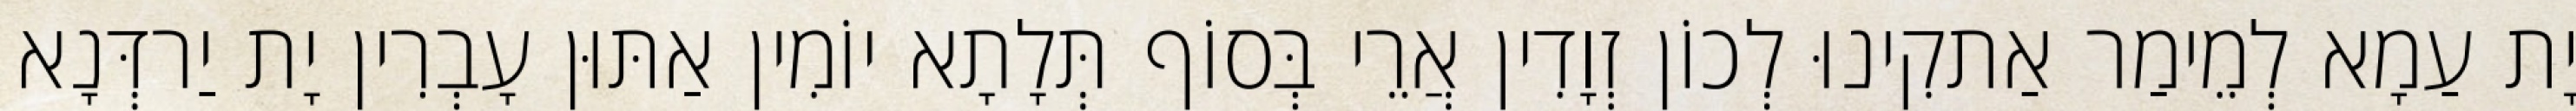
יָת עַמָא לְמֵימַר אַתקִינוּ לְכוֹן זְוָדִין אֲרֵי בְּסוֹף תְּלָתָא יוֹמִין אַתּוּן עָבְרִין יָת יַרדְּנָא